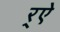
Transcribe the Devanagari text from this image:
र्‌ऐ